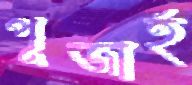
পূজার্হ